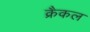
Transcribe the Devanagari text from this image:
क्रैकल